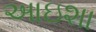
આઇશા